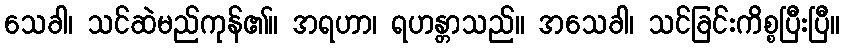
သေခါ၊ သင်ဆဲမည်ကုန်၏။ အရဟာ၊ ရဟန္တာသည်။ အသေခါ၊ သင်ခြင်းကိစ္စပြီးပြီ။